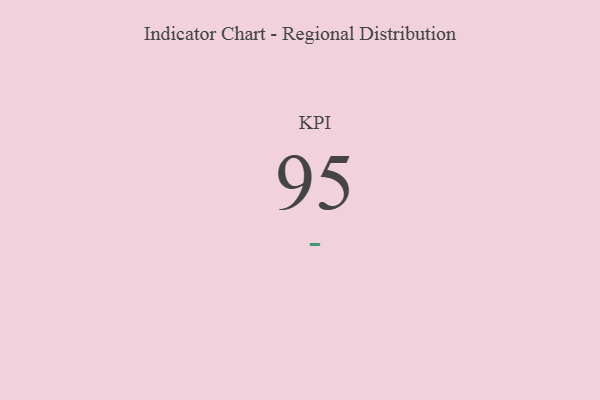
{"axis": {"x": "KPI", "y": "Value"}, "legend": [""], "data": [{"x": "KPI", "y": 95, "type": ""}]}